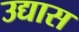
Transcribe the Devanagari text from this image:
उद्यास